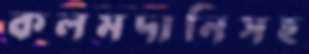
কলমদানিসহ